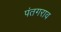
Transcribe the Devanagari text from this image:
पंतगराव